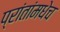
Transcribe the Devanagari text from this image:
प्रांतांमधेच